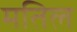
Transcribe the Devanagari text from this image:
मतिल